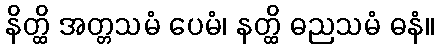
နိတ္ထိ အတ္တသမံ ပေမံ၊ နတ္ထိ ဓညသမံ ဓနံ။